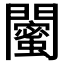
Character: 𨷛